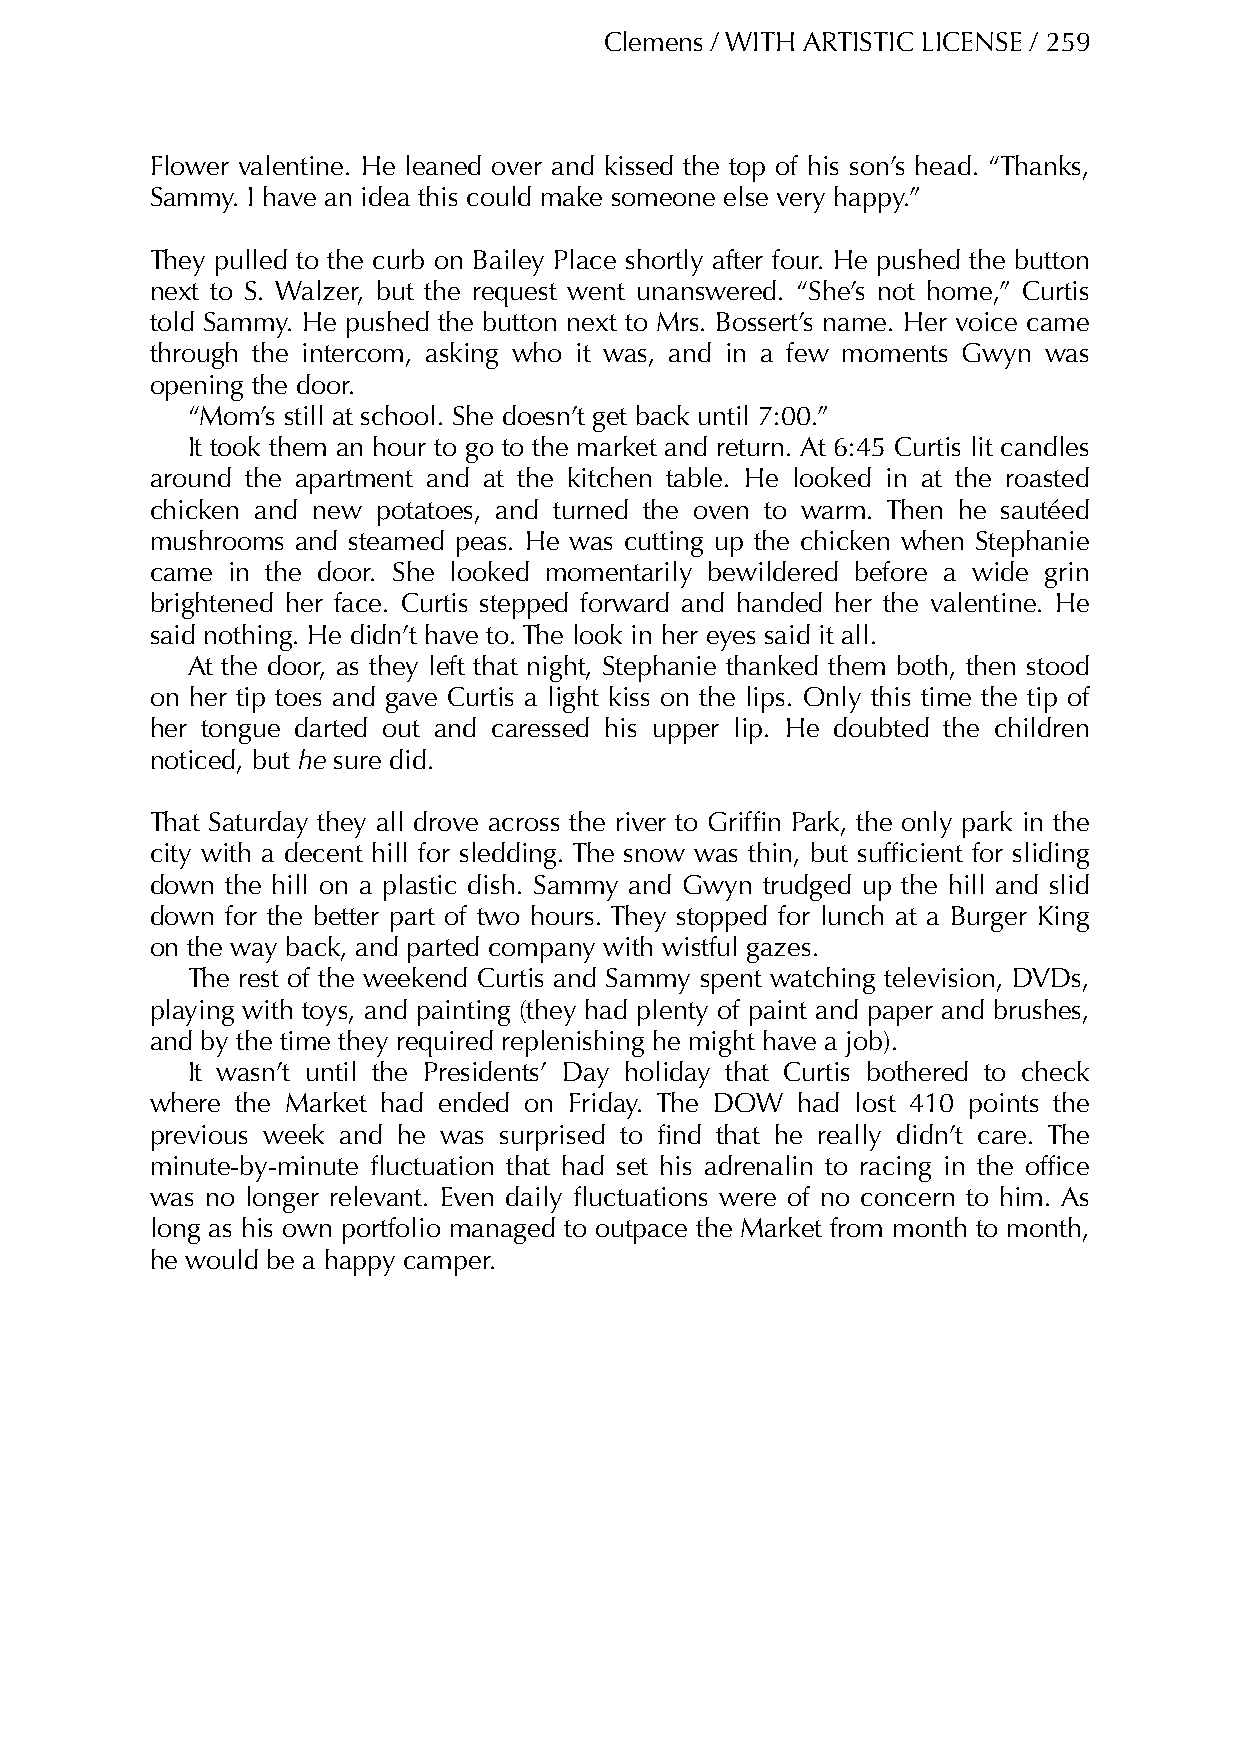
Clemens / WITH ARTISTIC LICENSE / 259
 Flower valentine. He leaned over and kissed the top of his son’s head. “Thanks,
 Sammy. I have an idea this could make someone else very happy.”
 They pulled to the curb on Bailey Place shortly after four. He pushed the button
 next to S. Walzer, but the request went unanswered. “She’s not home,” Curtis
 told Sammy. He pushed the button next to Mrs. Bossert’s name. Her voice came
 through the intercom, asking who it was, and in a few moments Gwyn was
 opening the door.
 “Mom’s still at school. She doesn’t get back until 7:00.”
 It took them an hour to go to the market and return. At 6:45 Curtis lit candles
 around the apartment and at the kitchen table. He looked in at the roasted
 chicken and new potatoes, and turned the oven to warm. Then he sautéed
 mushrooms and steamed peas. He was cutting up the chicken when Stephanie
 came in the door. She looked momentarily bewildered before a wide grin
 brightened her face. Curtis stepped forward and handed her the valentine. He
 said nothing. He didn’t have to. The look in her eyes said it all.
 At the door, as they left that night, Stephanie thanked them both, then stood
 on her tip toes and gave Curtis a light kiss on the lips. Only this time the tip of
 her tongue darted out and caressed his upper lip. He doubted the children
 noticed, but he sure did.
 That Saturday they all drove across the river to Griffin Park, the only park in the
 city with a decent hill for sledding. The snow was thin, but sufficient for sliding
 down the hill on a plastic dish. Sammy and Gwyn trudged up the hill and slid
 down for the better part of two hours. They stopped for lunch at a Burger King
 on the way back, and parted company with wistful gazes.
 The rest of the weekend Curtis and Sammy spent watching television, DVDs,
 playing with toys, and painting (they had plenty of paint and paper and brushes,
 and by the time they required replenishing he might have a job).
 It wasn’t until the Presidents’ Day holiday that Curtis bothered to check
 where the Market had ended on Friday. The DOW had lost 410 points the
 previous week and he was surprised to find that he really didn’t care. The
 minute-by-minute fluctuation that had set his adrenalin to racing in the office
 was no longer relevant. Even daily fluctuations were of no concern to him. As
 long as his own portfolio managed to outpace the Market from month to month,
 he would be a happy camper.